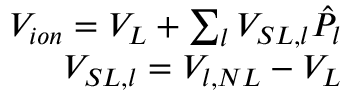
\begin{array} { r } { V _ { i o n } = V _ { L } + \sum _ { l } V _ { S L , l } \hat { P } _ { l } } \\ { V _ { S L , l } = V _ { l , N L } - V _ { L } } \end{array}